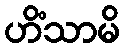
ဟိံသာမိ